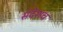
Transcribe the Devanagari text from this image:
संदेशच